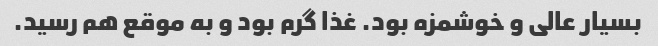
بسیار عالی و خوشمزه بود. غذا گرم بود و به موقع هم رسید.